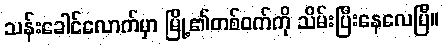
သန်းခေါင်လောက်မှာ မြို့၏တစ်ဝက်ကို သိမ်းပြီးနေလေပြီ။